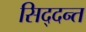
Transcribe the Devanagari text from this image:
सिद्दन्त